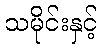
သမိုင်းနှင့်